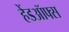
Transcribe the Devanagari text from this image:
हेंडऑफ्स